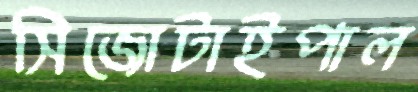
সিজোটাইপাল